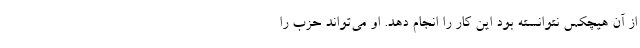
از آن هیچکس نتوانسته بود این کار را انجام دهد. او می‌تواند حزب را